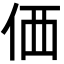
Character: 価